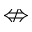
\nLeftrightarrow